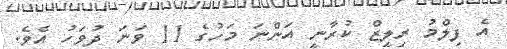
އެ ފިލްމު ރިލީޒް ކުރާނީ އަންނަ މަހުގެ 11 ވަނަ ދުވަހު އެވެ.